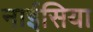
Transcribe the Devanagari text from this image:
नाईसिया